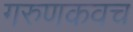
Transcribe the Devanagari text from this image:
गरुणकवच